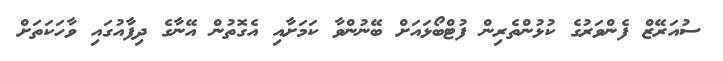
ސުއަރޭޒް ފެންވަރުގެ ކުޅުންތެރިން ފުޓްބޯޅައަށް ބޭނުންވާ ކަަމަށާއި އެގޮތުން އޭނާގެ ދިފާއުގައި ވާހަކަތަށް